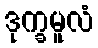
ဒုက္ခမူလံ